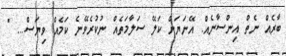
ބާރެއް ނެތް އިންސާނެއް. އޭނަޔަށް ކަލޭ ސަލާމަތެއް ނުކުރެވޭނެ ކަމެއް ވިޔަސް... "